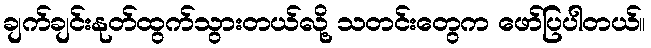
ချက်ချင်းနုတ်ထွက်သွားတယ်လို့ သတင်းတွေက ဖော်ပြပါတယ်။